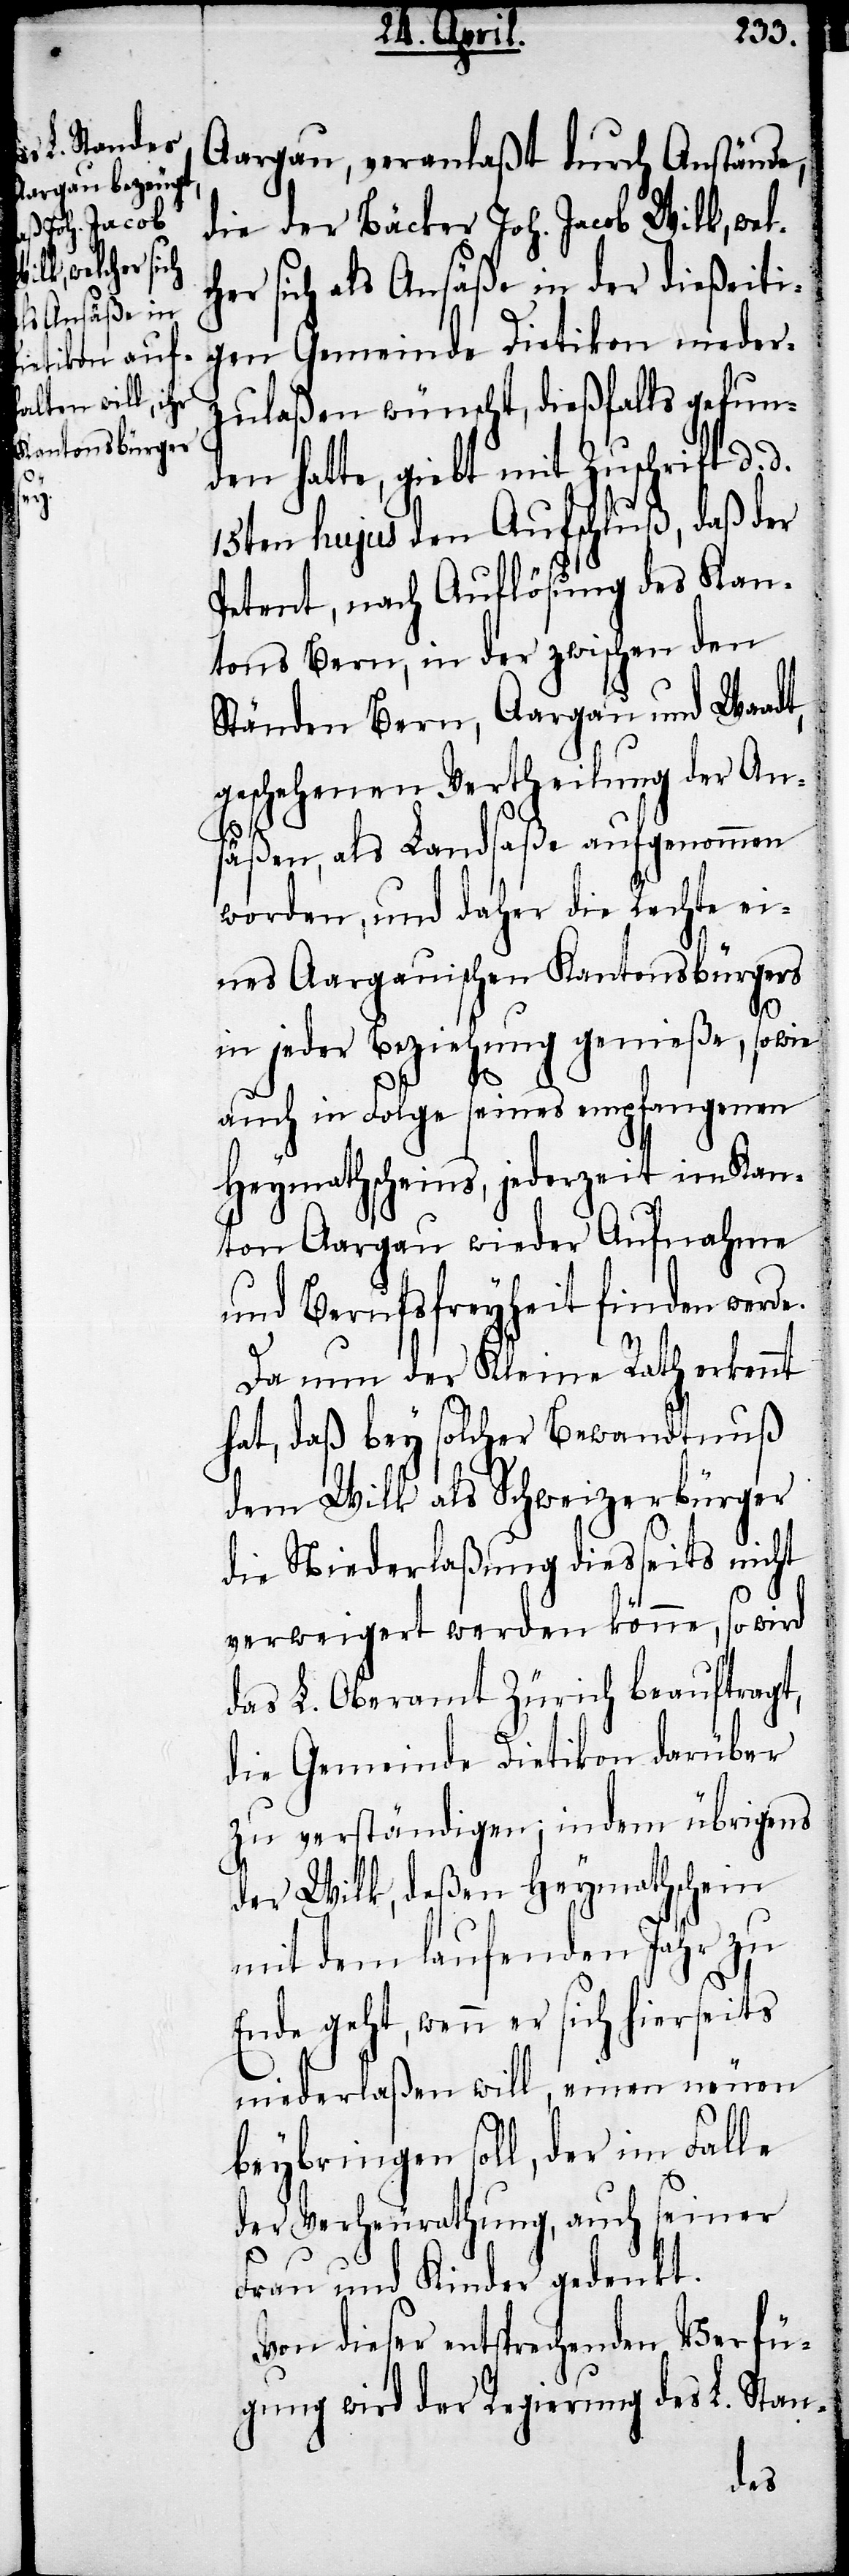
Aargau, veranlaßt durch Anstände,
die der Bäcker Joh. Jacob Wilk, welc¬
her sich als Ansäße in der dießeiti¬
gen Gemeinde Dietikon nieder¬
zulaßen wünscht, dießfalls gefun¬
den hatte, giebt mit Zuschrift d. d.
15ten hujus den Aufschluß, daß der
Petent, nach Auflösung des Kan¬
tons Bern, in der zwischen den
Ständen Bern, Aargau und Waadt,
geschehenen Vertheilung der An¬
säßen, als Landsaße aufgenommen
worden, und daher die Rechte ei¬
nes Aargauischen Kantonsbürgers
in jeder Beziehung genieße, sowie
auch in Folge seines empfangenen
Heymathscheins, jederzeit im Kan¬
ton Aargau wieder Aufnahme
und Berufsfreyheit finden werde.
Da nun der Kleine Rath erkennt
hat, daß bey solcher Bewandtnuß
dem Wilk als Schweizerbürger
die Niederlaßung diesseits nicht
verweigert werden könne, so wird
das L. Oberamt Zürich beauftragt,
die Gemeinde Dietikon darüber
zu verständigen; indem übrigens
der Wilk, deßen Heymathschein
mit dem laufenden Jahr zu
Ende geht, wenn er sich hierseits
niederlaßen will, einen neuen
beybringen soll, der im Falle
der Verheurathung, auch seiner
Frau und Kinder gedenkt.
Von dieser entsprechenden Verfü¬
gung wird der Regierung des L. Stan-